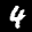
Label: 4